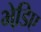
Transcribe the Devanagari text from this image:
भेडि़ए